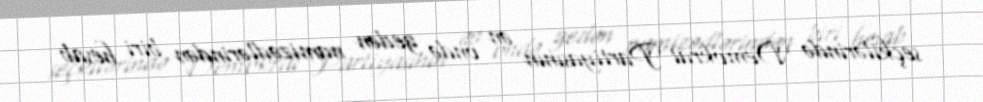
seçkilərində Demokrat Partiyasının ən öndə gedən namizədlərindən biri hesab